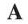
A